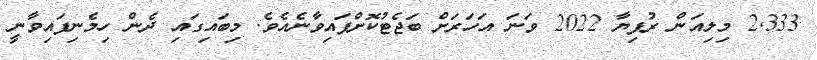
2